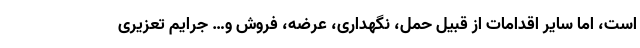
است، اما سایر اقدامات از قبیل حمل، نگهداری، عرضه، فروش و… جرایم تعزیری